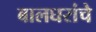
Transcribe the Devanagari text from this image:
बालघरांचे